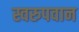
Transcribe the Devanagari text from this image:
स्वरुपवान